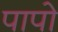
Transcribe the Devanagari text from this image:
पापो